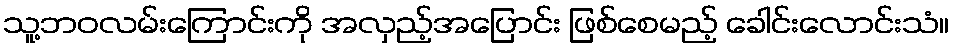
သူ့ဘဝလမ်းကြောင်းကို အလှည့်အပြောင်း ဖြစ်စေမည့် ခေါင်းလောင်းသံ။